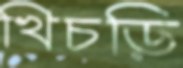
খিচড়ি